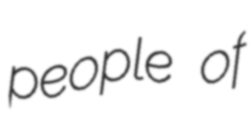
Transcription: people of